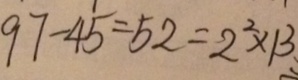
9 7 - 4 5 = 5 2 = 2 ^ { 2 } \times 1 3